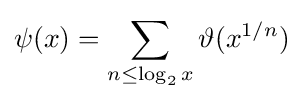
\psi (x)=\sum _{n\leq \log _{2}x}\vartheta (x^{1/n})